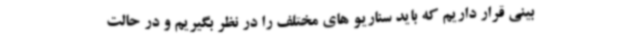
بینی قرار داریم که باید سناریو های مختلف را در نظر بگیریم و در حالت